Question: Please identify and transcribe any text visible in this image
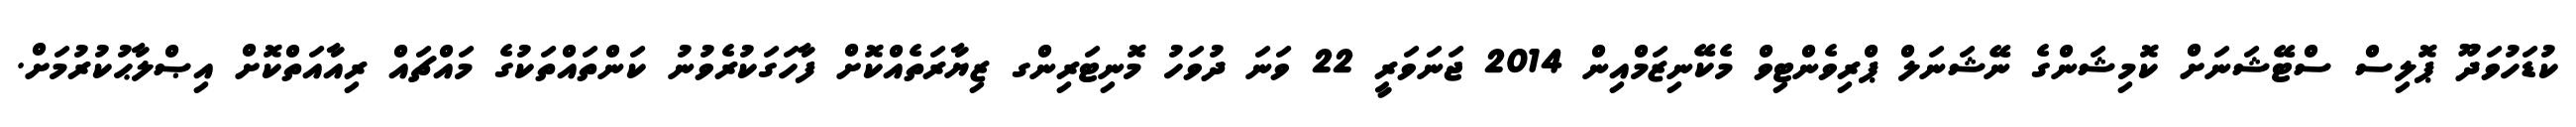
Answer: ކުޑަހުވަދޫ ޕޮލިސް ސްޓޭޝަނަށް ކޮމިޝަންގެ ނޭޝަނަލް ޕްރިވެންޓިވް މެކޭނިޒަމްއިން 2014 ޖަނަވަރީ 22 ވަނަ ދުވަހު މޮނިޓަރިންގ ޒިޔާރަތެއްކޮށް ފާހަގަކުރެވުނު ކަންތައްތަކުގެ މައްޗައް ރިއާއަތްކޮށް އިޞްލާޙުކުރުމަށް.